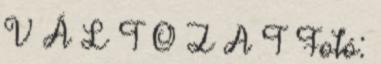
V Á L T O Z A T Fotó: